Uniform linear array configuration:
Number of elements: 48
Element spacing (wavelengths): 0.25
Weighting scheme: blackman
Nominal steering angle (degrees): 0
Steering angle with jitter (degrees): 1.275
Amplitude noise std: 0.05
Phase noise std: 0.05

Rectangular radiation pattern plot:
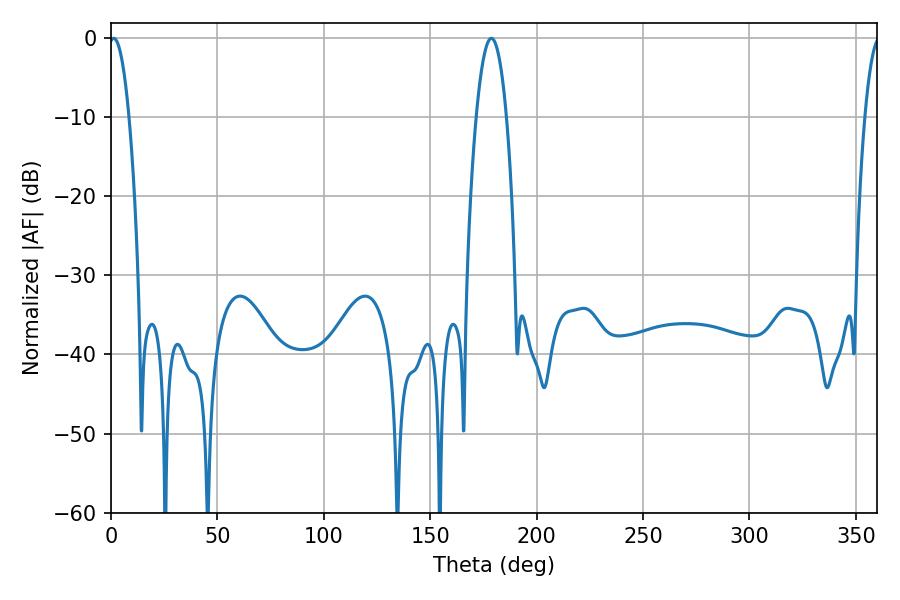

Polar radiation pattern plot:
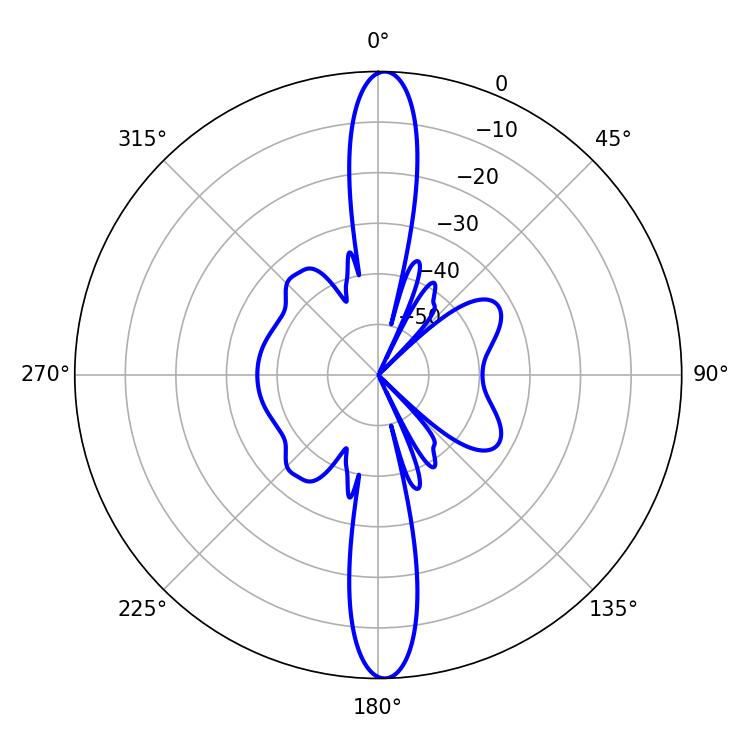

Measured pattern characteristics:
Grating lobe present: FALSE
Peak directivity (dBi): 24.786
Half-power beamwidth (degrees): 5.22
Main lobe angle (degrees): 1.26